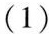
(1)